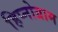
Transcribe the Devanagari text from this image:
हिप्नोग्राम